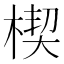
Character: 楔